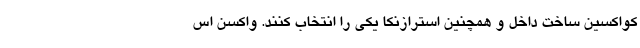
کواکسین ساخت داخل و همچنین استرازنکا یکی را انتخاب کنند. واکسن اس